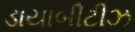
ડાયાબીટીઝ